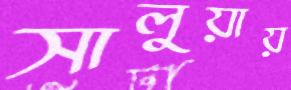
সালুয়ায়